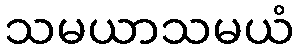
သမယာသမယံ